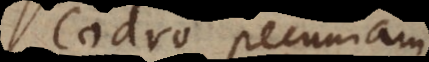
Codro pecuniam,